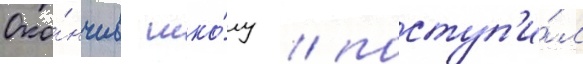
Око́нчив шко́лу / поступ'и́л